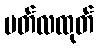
မတ်လထုတ်